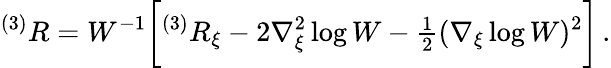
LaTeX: {}^{(3)}R=W^{-1}\biggl[{}^{(3)}R_{\xi}-2\nabla_{\xi}^{2}\log W-{\textstyle\frac{1}{2}}(\nabla_{\xi}\log W)^{2}\biggr]\, .